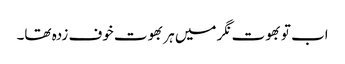
اب تو بھوت نگر میں ہر بھوت خوف زدہ تھا۔